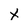
Character: X